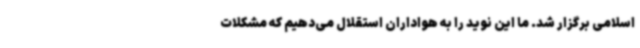
اسلامی برگزار شد. ما این نوید را به هواداران استقلال می‌دهیم که مشکلات